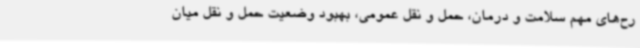
رح‌های مهم سلامت و درمان، حمل و نقل عمومی، بهبود وضعیت حمل و نقل میان